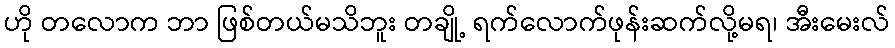
ဟို တလောက ဘာ ဖြစ်တယ်မသိဘူး တချို့ ရက်လောက်ဖုန်းဆက်လို့မရ၊ အီးမေးလ်